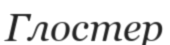
Глостер